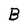
Character: B